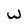
Character: w